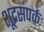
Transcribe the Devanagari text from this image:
शूद्रसंपर्कः